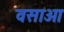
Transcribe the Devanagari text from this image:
वसाओ